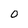
Character: 0